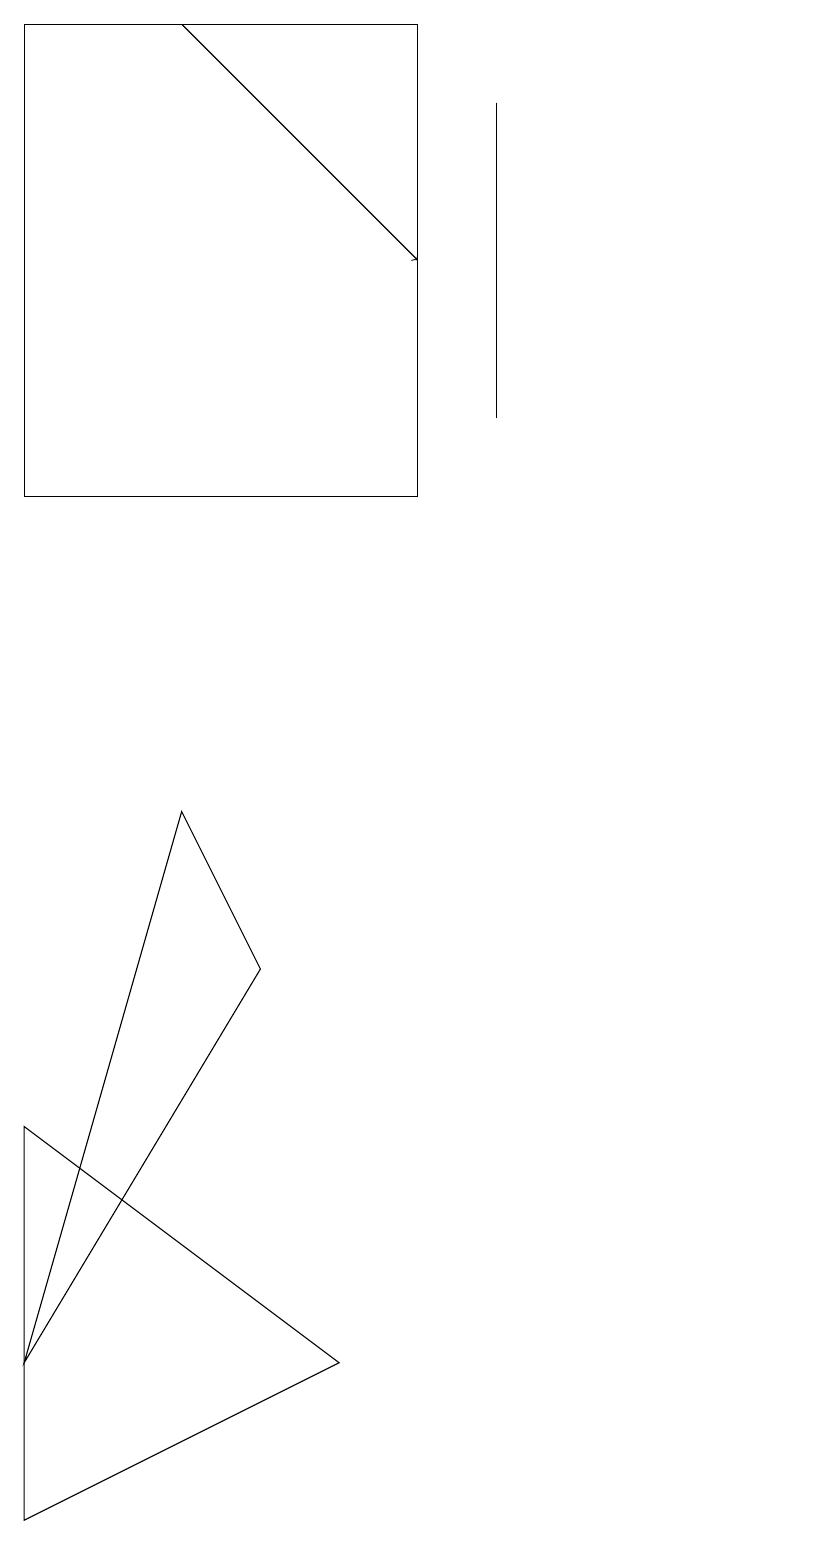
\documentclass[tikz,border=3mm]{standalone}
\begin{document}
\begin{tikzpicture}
\draw (1,5) -- (1,0) -- (5,2) -- cycle;
\draw (11,10) circle (0);
\draw (1,13) rectangle (6,19);
\draw (7,18) rectangle (7,14);
\draw[->] (3,19) -- (6,16);
\draw (1,2) -- (4,7) -- (3,9) -- cycle;
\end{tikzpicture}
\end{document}